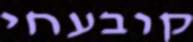
קובעחי